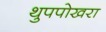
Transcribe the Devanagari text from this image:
थुपपोखरा